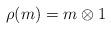
LaTeX: \begin{align*}\rho(m) = m\otimes 1\end{align*}